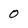
Character: 0